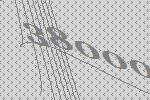
38000